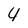
Character: 4